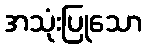
အသုံးပြုသော